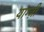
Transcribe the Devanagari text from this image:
यांग्ज़ी